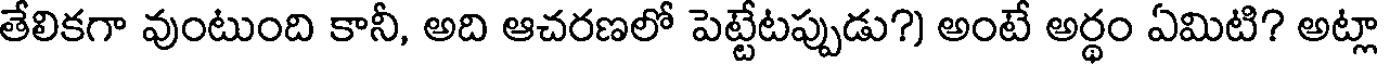
తేలికగా వుంటుంది కానీ, అది ఆచరణలో పెట్టేటప్పుడు?) అంటే అర్థం ఏమిటి? అట్లా